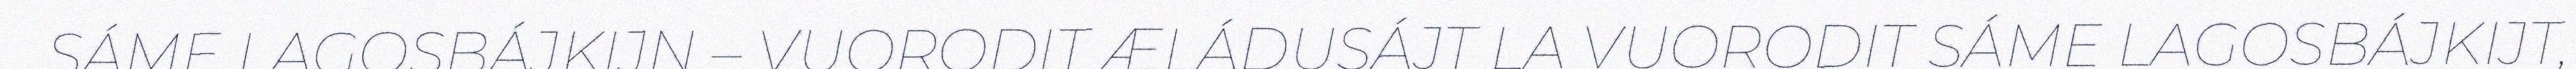
SÁME LAGOSBÁJKIJN – VUORODIT ÆLÁDUSÁJT LA VUORODIT SÁME LAGOSBÁJKIJT,